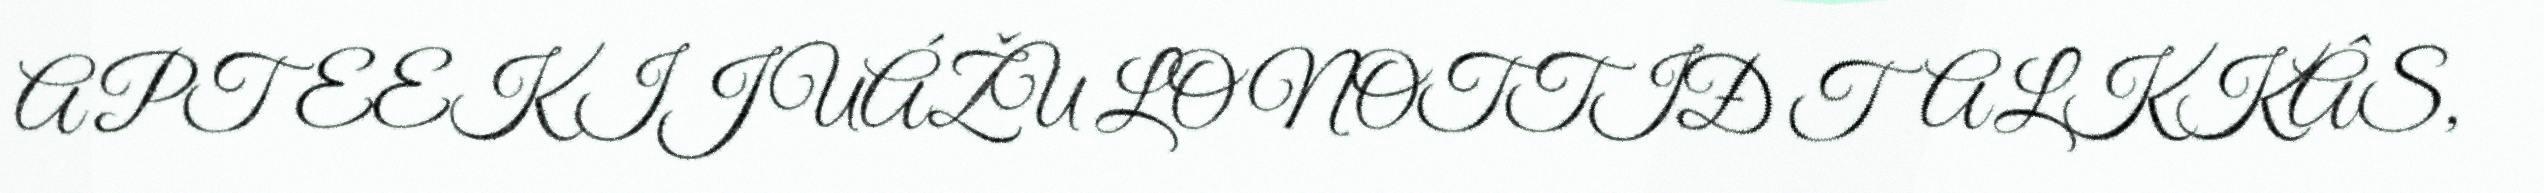
APTEEK IJ UÁŽU LONOTTIĐ TALKKÂS,